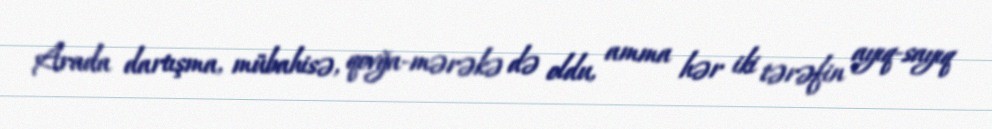
Arada dartışma, mübahisə, qovğa-mərəkə də oldu, amma hər iki tərəfin ayıq-sayıq